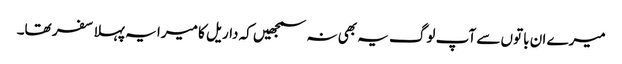
میرے ان باتوں سے آپ لوگ یہ بھی نہ سمجھیں کہ داریل کا میرا یہ پہلا سفر تھا۔